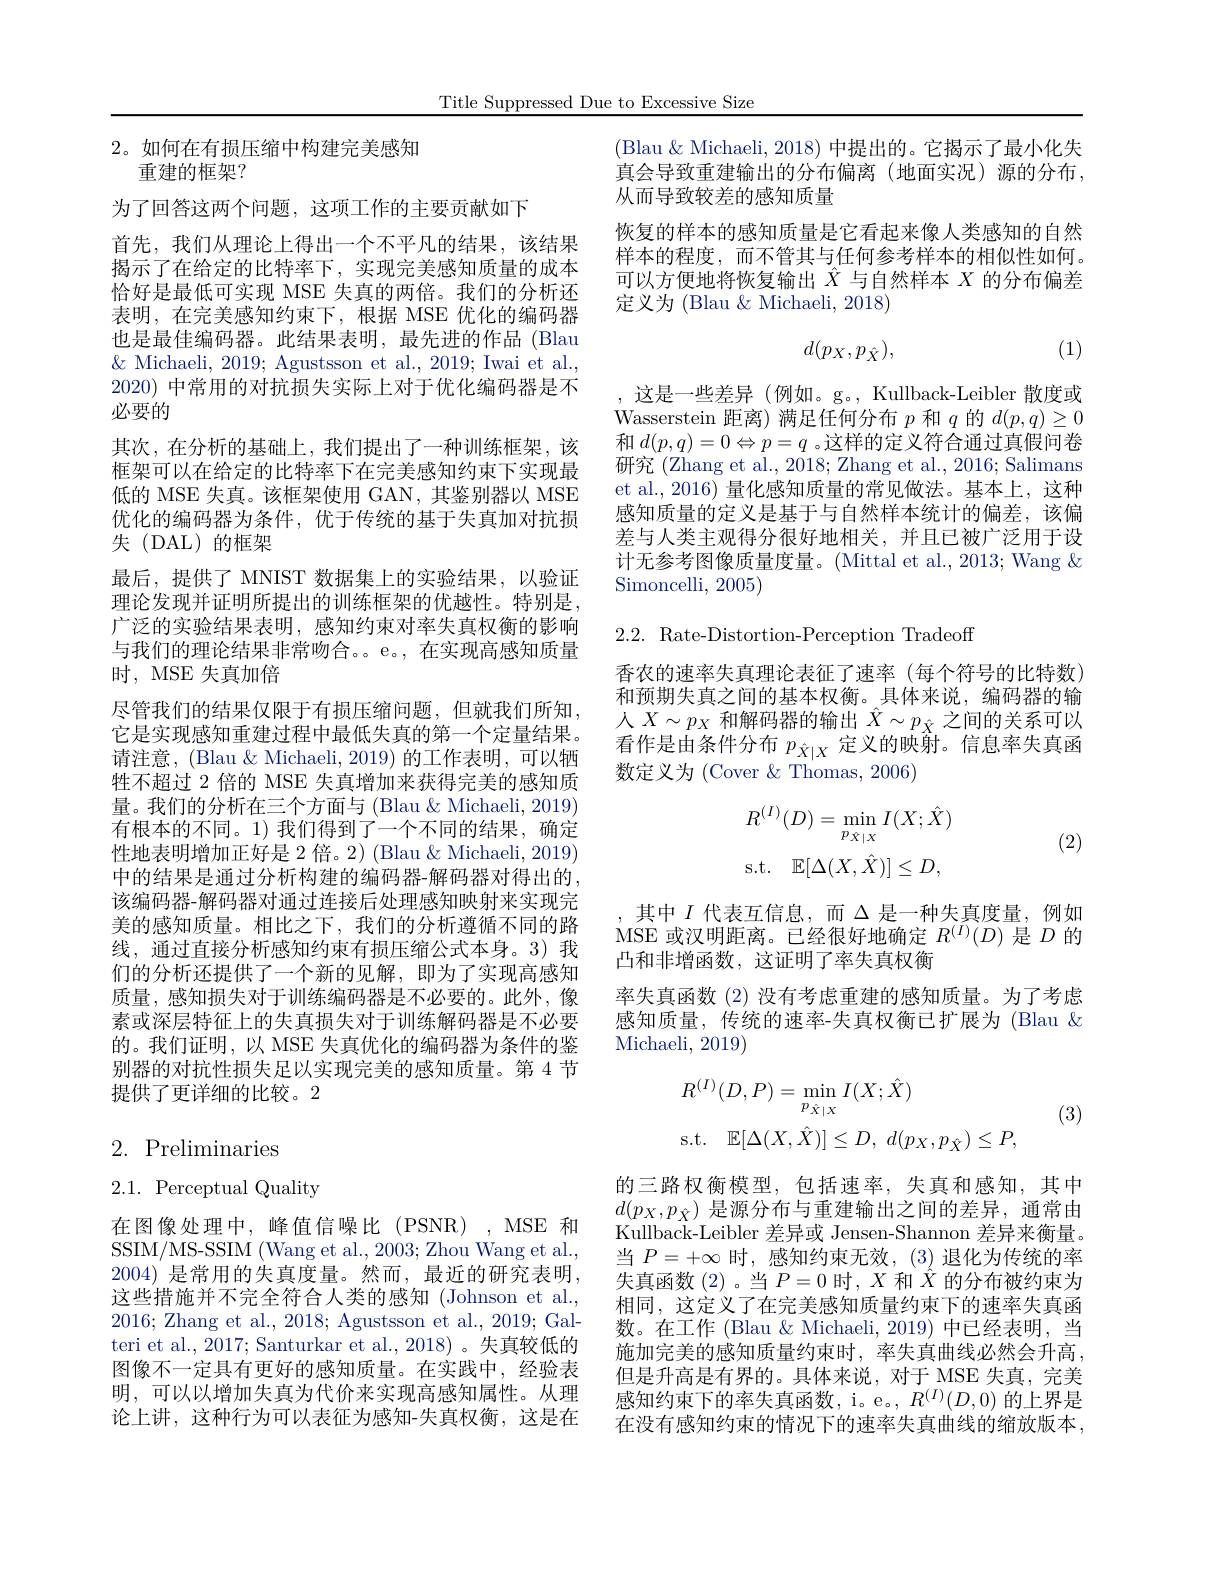
Title Suppressed Due to Excessive Size

## 2。如何在有损压缩中构建完美感知重建的框架？

为了回答这两个问题，这项工作的主要贡献如下
首先，我们从理论上得出一个不平凡的结果，该结果揭示了在给定的比特率下，实现完美感知质量的成本恰好是最低可实现 MSE 失真的两倍。我们的分析还表明，在完美感知约束下，根据 MSE 优化的编码器也是最佳编码器。此结果表明，最先进的作品(Blau $\&$ Michaeli, 2019; Agustsson et al., 2019; Iwai et al., 2020)中常用的对抗损失实际上对于优化编码器是不必要的
其次，在分析的基础上，我们提出了一种训练框架，该框架可以在给定的比特率下在完美感知约束下实现最低的 MSE 失真。该框架使用 GAN, 其鉴别器以 MSE 优化的编码器为条件，优于传统的基于失真加对抗损失(DAL)的框架
最后，提供了 MNIST 数据集上的实验结果，以验证理论发现并证明所提出的训练框架的优越性。特别是， 广泛的实验结果表明，感知约束对率失真权衡的影响与我们的理论结果非常吻合。。e。, 在实现高感知质量时，MSE 失真加倍
尽管我们的结果仅限于有损压缩问题，但就我们所知， 它是实现感知重建过程中最低失真的第一个定量结果。请注意，(Blau $\&$ Michaeli, 2019) 的工作表明，可以牺牲不超过 2 倍的 MSE 失真增加来获得完美的感知质量。我们的分析在三个方面与 (Blau & Michaeli, 2019) 有根本的不同。1)我们得到了一个不同的结果，确定性地表明增加正好是 2 倍。2) (Blau &Michaeli, 2019) 中的结果是通过分析构建的编码器-解码器对得出的， 该编码器-解码器对通过连接后处理感知映射来实现完美的感知质量。相比之下，我们的分析遵循不同的路线，通过直接分析感知约束有损压缩公式本身。3) 我们的分析还提供了一个新的见解，即为了实现高感知质量，感知损失对于训练编码器是不必要的。此外，像素或深层特征上的失真损失对于训练解码器是不必要的。我们证明，以 MSE 失真优化的编码器为条件的鉴别器的对抗性损失足以实现完美的感知质量。第4节提供了更详细的比较。2

## 2. Preliminaries

2.1. Perceptual Quality

在图像处理中，峰值信噪比(PSNR),MSE 和SSIM/MS-SSIM (Wang et al., 2003; Zhou Wang et al., 2004) 是常用的失真度量。然而，最近的研究表明， 这些措施并不完全符合人类的感知 (Johnson et al., 2016; Zhang et al., 2018; Agustsson et al., 2019; Galteri et al., 2017; Santurkar et al., 2018) 。失真较低的图像不一定具有更好的感知质量。在实践中，经验表明，可以以增加失真为代价来实现高感知属性。从理论上讲，这种行为可以表征为感知-失真权衡，这是在

(Blau $\&$ Michaeli, 2018) 中提出的。它揭示了最小化失真会导致重建输出的分布偏离(地面实况)源的分布， 从而导致较差的感知质量
恢复的样本的感知质量是它看起来像人类感知的自然样本的程度，而不管其与任何参考样本的相似性如何。可以方便地将恢复输出$\hat{X}$与自然样本$X$的分布偏差定义为 (Blau $\&$ Michaeli, 2018)
$$d(p_X,p_{\hat{X}}),$$
(1)

这是一些差异 (例如。g。, Kullback-Leibler 散度或Wasserstein 距离) 满足任何分布$p$和$q$的$d(p,q)\geq0$ 和$d(p,q)=0\Leftrightarrow p=q$ 。这样的定义符合通过真假问卷研究 (Zhang et al., 2018; Zhang et al., 2016; Salimans et al., 2016) 量化感知质量的常见做法。基本上，这种感知质量的定义是基于与自然样本统计的偏差，该偏差与人类主观得分很好地相关，并且已被广泛用于设计无参考图像质量度量。(Mittal et al., 2013; Wang $\&$ Simoncelli, 2005)

$2.2.{\mathrm{~Rate-Distortion-Perception~Tradeoff}}$

香农的速率失真理论表征了速率(每个符号的比特数) 和预期失真之间的基本权衡。具体来说，编码器的输人$X\sim p_X$和解码器的输出$\hat{X}\sim p_{\hat{X}}$之间的关系可以看作是由条件分布$p_{\hat{X}|X}$定义的映射。信息率失真函数定义为 (Cover &Thomas, 2006)
$$\begin{array}{ll}R^{(I)}(D)=\operatorname*{min}_{p_{\hat{X}|X}}I(X;\hat{X})\\\mathrm{s.t.}&\mathbb{E}[\Delta(X,\hat{X})]\leq D,\end{array}$$
(2)

其中$I$代表互信息，而$\Delta$是一种失真度量，例如MSE 或汉明距离。已经很好地确定$R^{(I)}(D)$是$D$的凸和非增函数，这证明了率失真权衡
率失真函数(2) 没有考虑重建的感知质量。为了考虑感知质量，传统的速率-失真权衡已扩展为(Blau & Michaeli, 2019)
$$\begin{aligned}&R^{(I)}(D,P)=\operatorname*{min}_{p_{\hat{X}|X}}I(X;\hat{X})\\&\mathrm{s.t.}\quad\mathbb{E}[\Delta(X,\hat{X})]\leq D,\:d(p_{X},p_{\hat{X}})\leq P,\end{aligned}$$
(3)

的三路权衡模型，包括速率，失真和感知，其中$d(p_X,p_{\hat{X}})$是源分布与重建输出之间的差异，通常由Kullback-Leibler 差异或 Jensen-Shannon 差异来衡量。当$P=+\infty$时，感知约束无效，(3)退化为传统的率失真函数 (2)。当$P=0$时，$X$和$\hat{X}$的分布被约束为相同，这定义了在完美感知质量约束下的速率失真函数。在工作 (Blau & Michaeli, 2019) 中已经表明，当施加完美的感知质量约束时，率失真曲线必然会升高， 但是升高是有界的。具体来说，对于 MSE 失真，完美感知约束下的率失真函数，i。e。, $R^{(I)}(D,0)$的上界是在没有感知约束的情况下的速率失真曲线的缩放版本，